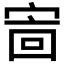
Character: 𫳖